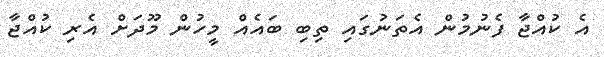
އެ ކުއްޖާ ފެނުމުން އެތަނުގައި ތިބި ބައެއް މީހުން މޫދަށް އެރި ކުއްޖާ